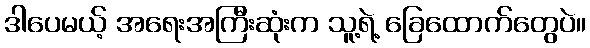
ဒါပေမယ့် အရေးအကြီးဆုံးက သူ့ရဲ့ ခြေထောက်တွေပဲ။